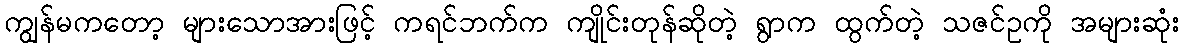
ကျွန်မကတော့ များသောအားဖြင့် ကရင်ဘက်က ကျိုင်းတုန်ဆိုတဲ့ ရွာက ထွက်တဲ့ သဇင်ဥကို အများဆုံး